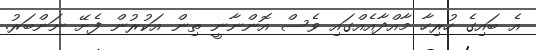
އެ ބައިގެ ހުރިހާ މާއްދާއެއްގައި ވެސް އޮންނާނީ ތިން އަކުރުން ފެށޭ ނަންބަރު.